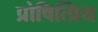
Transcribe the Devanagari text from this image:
प्रोषित्प्रिय